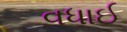
વધાઈ